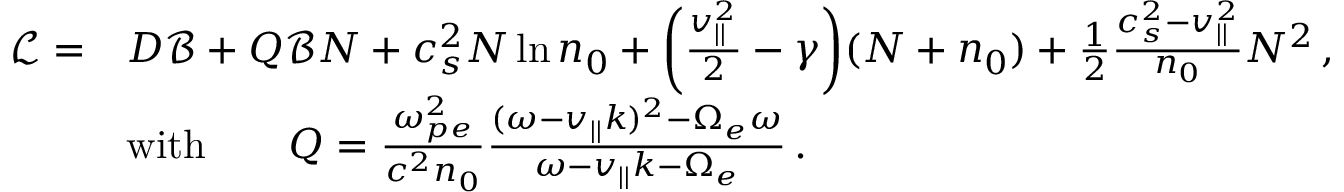
\begin{array} { r l } { \mathscr { L } = } & { D \mathscr { B } + Q \mathscr { B } N + c _ { s } ^ { 2 } N \ln n _ { 0 } + \bigg ( \frac { v _ { | | } ^ { 2 } } { 2 } - \gamma \bigg ) ( N + n _ { 0 } ) + \frac { 1 } { 2 } \frac { c _ { s } ^ { 2 } - v _ { | | } ^ { 2 } } { n _ { 0 } } N ^ { 2 } \, , } \\ & { \mathrm { w i t h } \qquad Q = \frac { \omega _ { p e } ^ { 2 } } { c ^ { 2 } n _ { 0 } } \frac { ( \omega - v _ { | | } k ) ^ { 2 } - \Omega _ { e } \omega } { \omega - v _ { | | } k - \Omega _ { e } } \, . } \end{array}